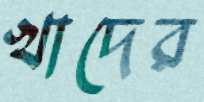
খাদের